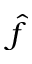
\hat { f }